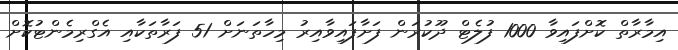
އިމާރާތް ކޮށްފައިވާ 1000 ފުލެޓް ދޫކުރަން ފަށާފައިވާއިރު މިހާތަނަށް 51 ފަރާތަކާއި އެގްރިމެންޓުކޮށް